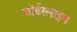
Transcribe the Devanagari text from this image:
बॉर्डरलाइन